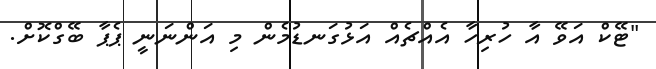
"ޓޭކް އަވޭ އާ ހުރިހާ އެއްޗެއް އަޅުގަނޑުމެން މި އަންނަނީ ޕެޕާ ބޭގްކޮށް.